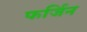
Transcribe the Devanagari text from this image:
फर्जिन